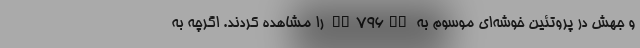
و جهش در پروتئین خوشه‌ای موسوم به "D796H" را مشاهده کردند. اگرچه به